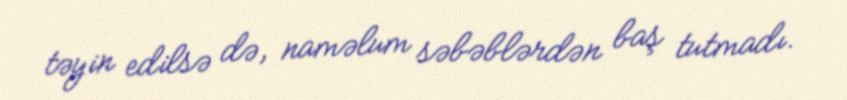
təyin edilsə də, naməlum səbəblərdən baş tutmadı.